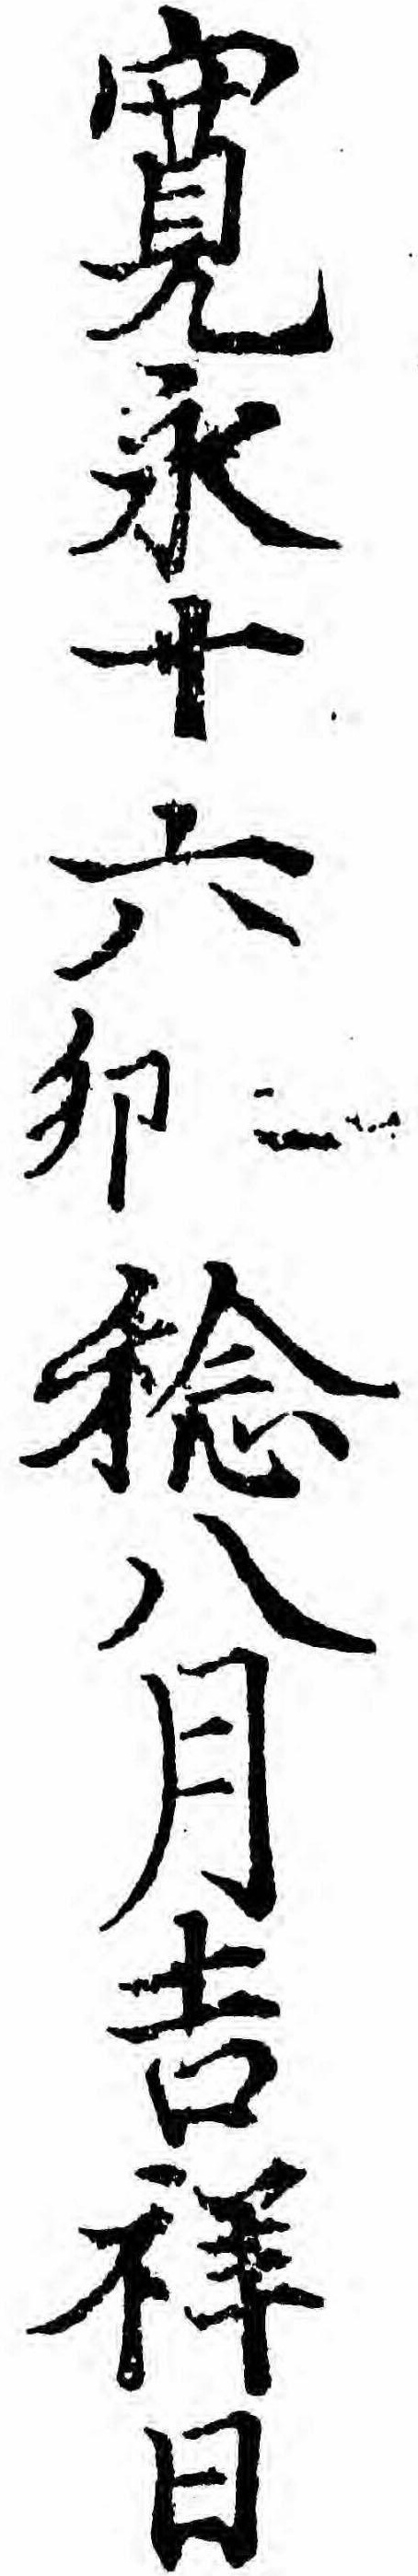
寛永十六卯稔八月吉祥日